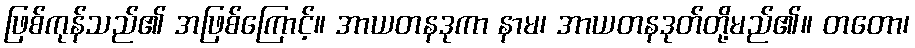
ဖြစ်ကုန်သည်၏ အဖြစ်ကြောင့်။ အာယတနဒုကာ နာမ၊ အာယတနဒုတ်တို့မည်၏။ တတော၊